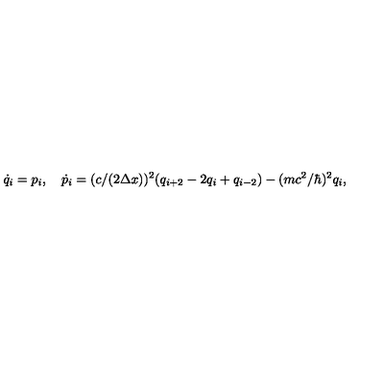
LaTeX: \dot { q } _ { i } = p _ { i } , \quad \dot { p } _ { i } = ( c / ( 2 \Delta x ) ) ^ { 2 } ( q _ { i + 2 } - 2 q _ { i } + q _ { i - 2 } ) - ( m c ^ { 2 } / \hbar ) ^ { 2 } q _ { i } ,